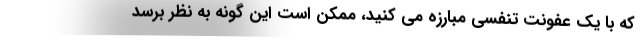
که با یک عفونت تنفسی مبارزه می کنید، ممکن است این گونه به نظر برسد